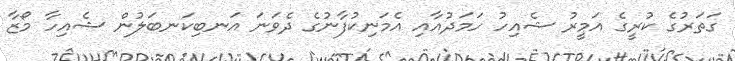
ގަތަރުގެ ކުރީގެ އަމީރު ޝެއިހު ހަމަދުއާއި އެމަނިކުފާނުގެ ދެވަނަ އަނބިކަނބަލުން ޝެއިހާ މޯޒާ